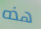
هذه